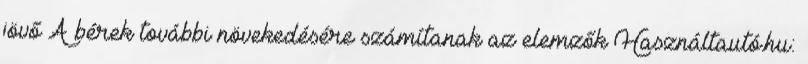
jövő A bérek további növekedésére számítanak az elemzők Használtautó.hu: